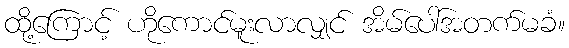
ထို့ကြောင့် ဟိုကောင်မူးလာလျှင် အိမ်ပေါ်အတက်မခံ။